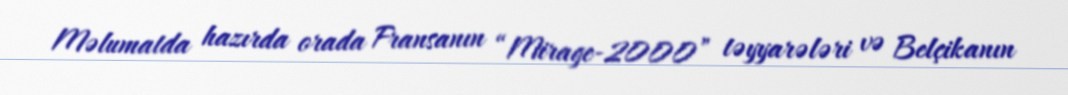
Məlumatda hazırda orada Fransanın “Mirage-2000” təyyarələri və Belçikanın